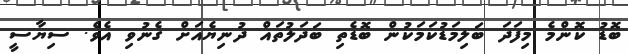
ބޮޑު ކޮންމެ މިފަދަ ބަލިމަޑުކަމަކުން ބޮޑެތި ބަދަލުތައް ދުނިޔެއަށް ގެނުވި އެވެ. ސިޔާސީ